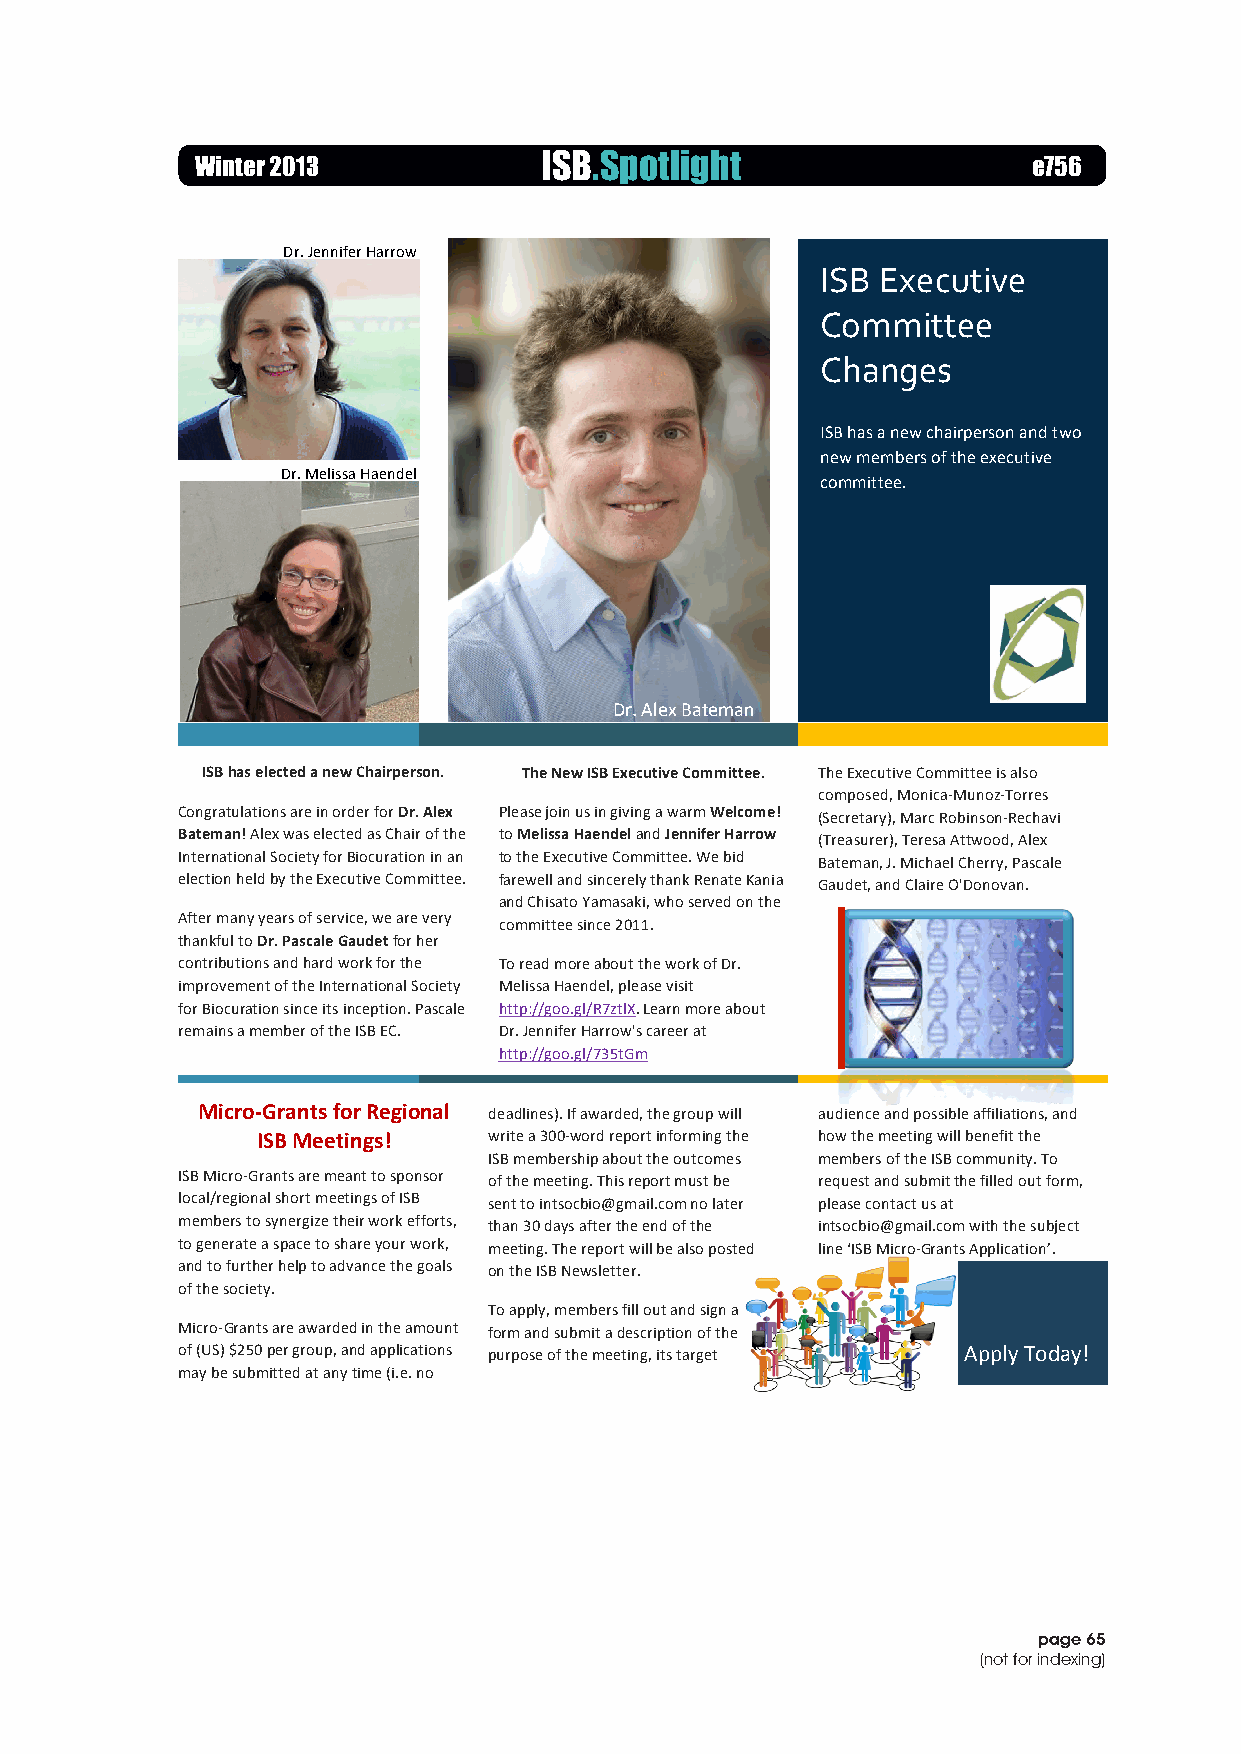
123123
 Winter 2013            ISB.Spotlight                   e756
 I SB Newsletter                                     November 2013
 Dr. Jennifer Harrow
 ISB Executive
 Committee
 Changes
 ISB has a new chairperson and two
 new members of the executive
 Dr. Melissa Haendel
 committee.
 Dr. Alex Bateman
 ISB has elected a new Chairperson. The New ISB Executive Committee. The Executive Committee is also
 composed, Monica-­‐Munoz-­‐Torres
 Congratulations are in order for Dr. Alex Please join us in giving a warm Welcome! (Secretary), Marc Robinson-­‐Rechavi
 Bateman! Alex was elected as Chair of the to Melissa Haendel and Jennifer Harrow (Treasurer), Teresa Attwood, Alex
 International Society for Biocuration in an to the Executive Committee. We bid Bateman, J. Michael Cherry, Pascale
 election held by the Executive Committee. farewell and sincerely thank Renate Kania Gaudet, and Claire O'Donovan.
 and Chisato Yamasaki, who served on the
 After many years of service, we are very committee since 2011.
 thankful to Dr. Pascale Gaudet for her
 contributions and hard work for the To read more about the work of Dr.
 improvement of the International Society Melissa Haendel, please visit
 for Biocuration since its inception. Pascale http://goo.gl/R7ztlX. Learn more about
 remains a member of the ISB EC. Dr. Jennifer Harrow's career at
 http://goo.gl/735tGm
 Micro-­‐Grants for Regional deadlines). If awarded, the group will audience and possible affiliations, and
 ISB Meetings!  write a 300-­‐word report informing the how the meeting will benefit the
 ISB membership about the outcomes members of the ISB community. To
 ISB Micro-­‐Grants are meant to sponsor of the meeting. This report must be request and submit the filled out form,
 local/regional short meetings of ISB sent to intsocbio@gmail.com no later please contact us at
 members to synergize their work efforts, than 30 days after the end of the intsocbio@gmail.com with the subject
 to generate a space to share your work, meeting. The report will be also posted line ‘ISB Micro-­‐Grants Application’.
 and to further help to advance the goals on the ISB Newsletter.
 of the society.
 To apply, members fill out and sign a
 Micro-­‐Grants are awarded in the amount form and submit a description of the
 of (US) $250 per group, and applications purpose of the meeting, its target Apply Today!
 may be submitted at any time (i.e. no
 2
 page 65
 (not for indexing)